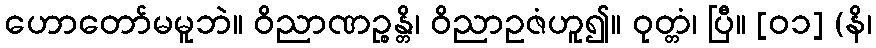
ဟောတော်မမူဘဲ။ ဝိညာဏဉ္စန္တိ၊ ဝိညာဥဇံဟူ၍။ ဝုတ္တံ၊ ပြီ။ [၀၁] (နိ၊